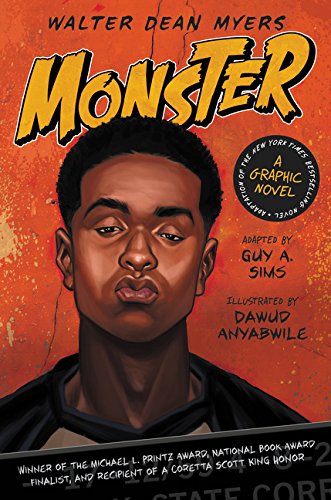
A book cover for Monster: A Graphic Novel; Walter Dean Myers; Teen & Young Adult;